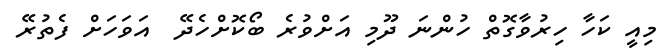
މިއީ ކަހާ ހިރުވާގޮތް ހުންނަ ދޫމި އަށްވުރެ ބޯކޮށްހެދޭ  އަވަހަށް ފެތުރޭ